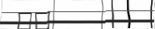
٣٥